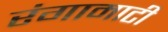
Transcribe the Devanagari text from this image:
रंगामाटी